Notes on vaccination in the North-West Frontier Province 1923-1928 - 1923-1928
Year: 1923
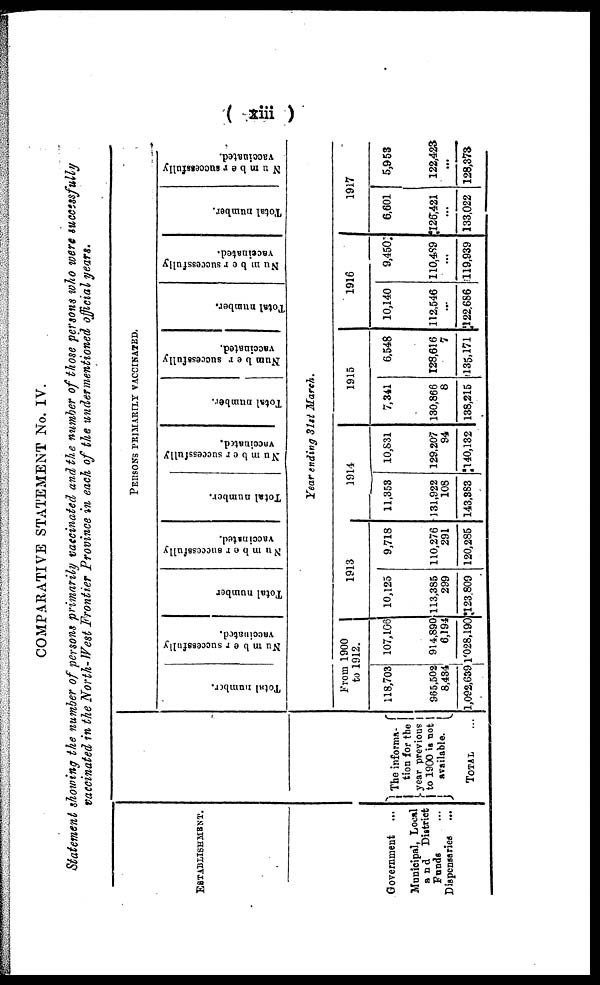
( xiii)
COMPARATIVE STATEMENT No. IV.
Statement showing the number of persons primarily vaccinated and the number of those persons who were successfully
vaccinated in the North-West Frontier Province in each of the undermentioned official years.
ESTABLISHMENT
Government ...
Municipal, Local
and District
Funds ...
Dispensaries ...
The informa¬
tion for the
year previous
to 1900 is not
available.
TOTAL ...
PERSONS PRIMARILY VACCINATED.
Total number.
Number successfully
vaccinated.
Total number
Number successfully
vaccinated.
Total number.
Number successfully
vaccinated.
Total number.
Number successfully
vaccinated.
Total number.
Number successfully
vaccinated.
Total number.
Number successfully
vaccinated.
Year ending 31st March.
From 1900
to 1912.
118,703
965,502
8,434
1,092,639
107,106
914,890
6,194
1'028,190
1913
10,125
113,385
299
123,809
9,718
110,276
291
120,285
1914
11,353
131,922
108
143,383
10,831
129,207
94
140,132
1915
7,341
130,866
8
138,215
6,548
128,616
7
135,171
1916
10,140
112,546
...
122,686
9,450
110,489
...
119,939
1917
6,601
126,421
...
133,022
5,953
122,423
...
128,373